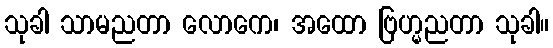
သုခါ သာမညတာ လောကေ၊ အထော ဗြဟ္မညတာ သုခါ။